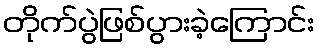
တိုက်ပွဲဖြစ်ပွားခဲ့ကြောင်း